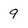
Character: 9